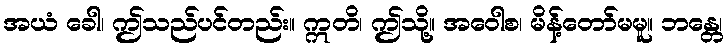
အယံ ခေါ၊ ဤသည်ပင်တည်း။ ဣတိ၊ ဤသို့။ အဝေါစ၊ မိန့်တော်မမူ။ ဘန္တေ၊